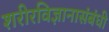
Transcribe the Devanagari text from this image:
शरीरविज्ञानासंबंधी